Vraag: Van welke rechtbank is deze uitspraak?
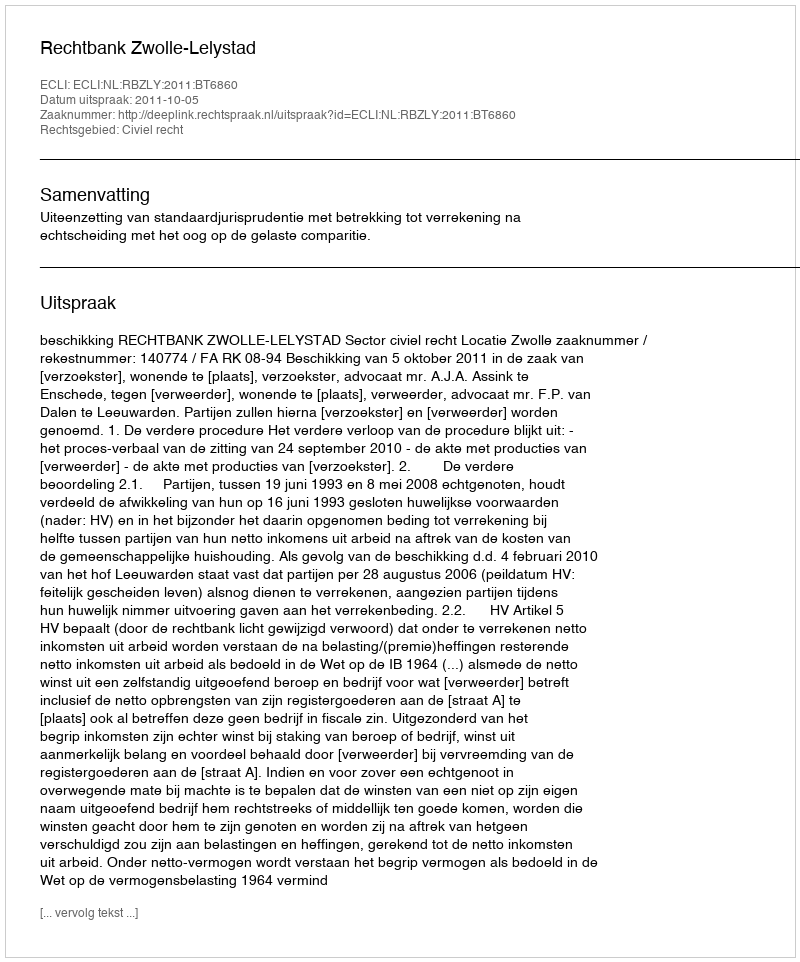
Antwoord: Rechtbank Zwolle-Lelystad